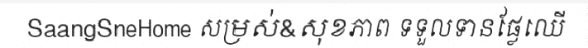
SaangSneHome សម្រស់&សុខភាព ទទួលទានផ្លែឈើ